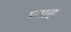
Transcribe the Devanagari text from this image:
प्नाह